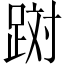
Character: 𲃪